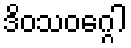
ဒိဝသဝဂ္ဂေါ